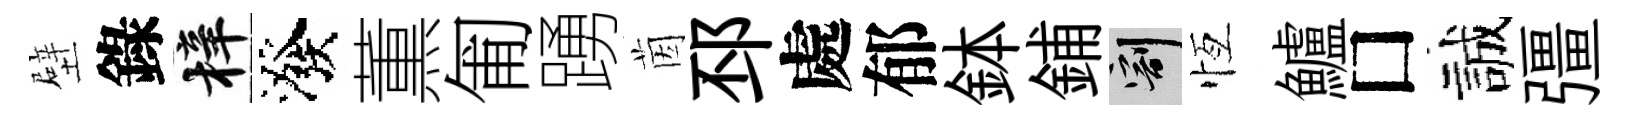
壁錄梓潑薫匍踴茵邳處郁鉢鋪割恆鱸□誠彊